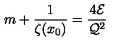
m + \frac { 1 } { \zeta ( x _ { 0 } ) } = \frac { 4 { \cal E } } { { \cal Q } ^ { 2 } }